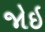
જોઇ